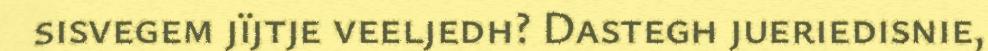
sisvegem jïjtje veeljedh? Dastegh jueriedisnie,